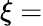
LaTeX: \xi=